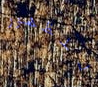
للظهور